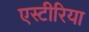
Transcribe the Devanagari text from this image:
एस्टीरिया